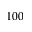
1 0 0